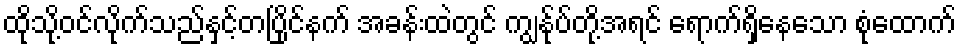
ထိုသို့ဝင်လိုက်သည်နှင့်တပြိုင်နက် အခန်းထဲတွင် ကျွန်ုပ်တို့အရင် ရောက်ရှိနေသော စုံထောက်